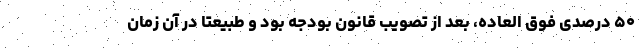
۵۰ درصدی فوق العاده، بعد از تصویب قانون بودجه بود و طبیعتا در آن زمان